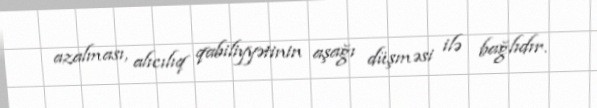
azalması, alıcılıq qabiliyyətinin aşağı düşməsi ilə bağlıdır.